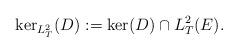
LaTeX: \begin{align*}\ker_{L^2_T}(D) := \ker(D) \cap L^2_T(E).\end{align*}